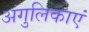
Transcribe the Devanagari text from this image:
अंगुलिकाएं